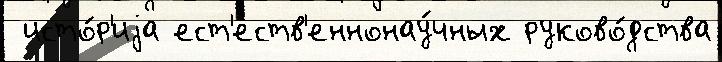
 исто́р'иjа ест'еств'еннонау́чных руково́дства